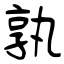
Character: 孰